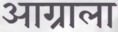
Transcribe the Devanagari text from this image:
आग्राला